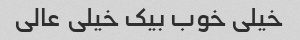
خیلی خوب بیک خیلی عالی